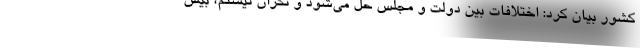
کشور بیان کرد: اختلافات بین دولت و مجلس حل می‌شود و نگران نیستم، بیش